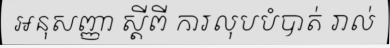
អនុសញ្ញា ស្តីពី ការលុបបំបាត់ រាល់